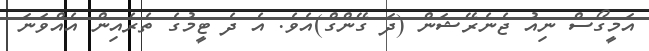
އަމީގޯސް ނިއު ޖެނެރޭޝަން (ދަ ގޭންގް)އެވެ. އެ ދެ ޓީމުގެ ތެރެއިން އެއްވަނަ